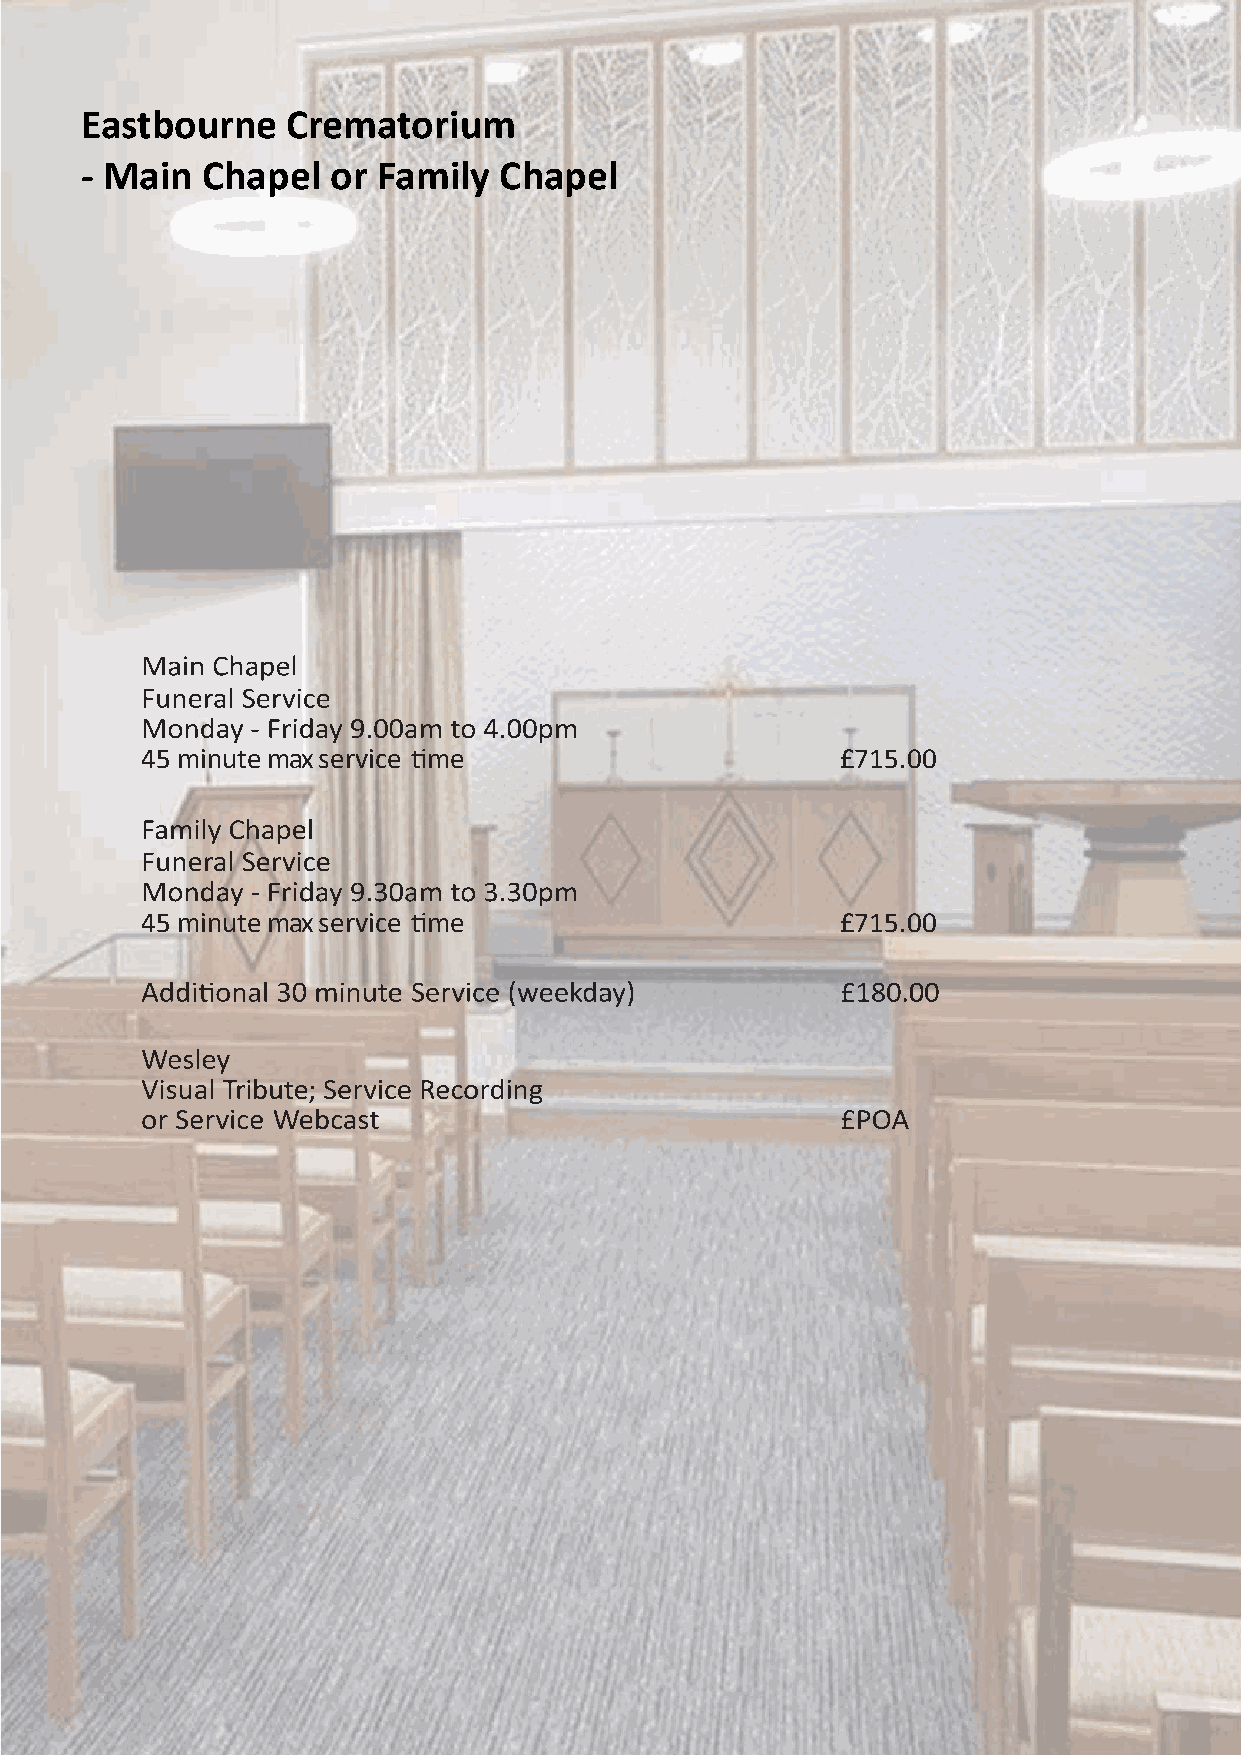
Eastbourne    Crematorium
 - Main  Chapel   or Family  Chapel
 45 minute max service time                     £715.00
 45 minute max service time                     £715.00